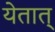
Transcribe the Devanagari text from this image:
येतात्